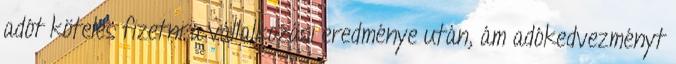
adót köteles fizetni a vállalkozási eredménye után, ám adókedvezményt